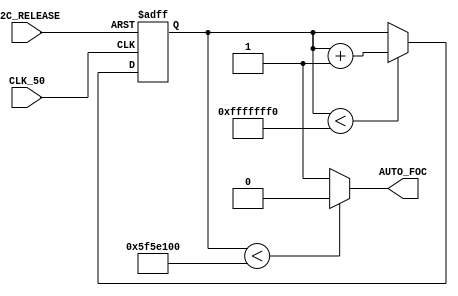
module AUTO_FOCUS_ON  (
 
 input CLK_50 , 
 input I2C_RELEASE , 
 output AUTO_FOC  

) ; 
reg [31:0] PULSE ; 

always @(negedge I2C_RELEASE or posedge CLK_50 ) begin 
if       (!I2C_RELEASE) PULSE <=0;
else if  (PULSE < 32'hfffffff0)  PULSE <=PULSE+1 ; 
end 
assign AUTO_FOC = (PULSE < 100000000)?0 : 1 ;  

endmodule